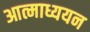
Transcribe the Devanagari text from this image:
आत्माध्ययन